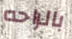
بالراحه